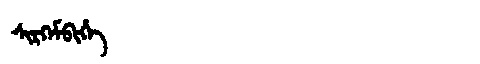
Manchu: ᠰᡳᡵᡴᡝᠮᠪᡳᡥᡝ
Romanization: SIRKEMBIHE